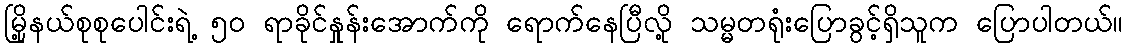
မြို့နယ်စုစုပေါင်းရဲ့ ၅၀ ရာခိုင်နှုန်းအောက်ကို ရောက်နေပြီလို့ သမ္မတရုံးပြောခွင့်ရှိသူက ပြောပါတယ်။